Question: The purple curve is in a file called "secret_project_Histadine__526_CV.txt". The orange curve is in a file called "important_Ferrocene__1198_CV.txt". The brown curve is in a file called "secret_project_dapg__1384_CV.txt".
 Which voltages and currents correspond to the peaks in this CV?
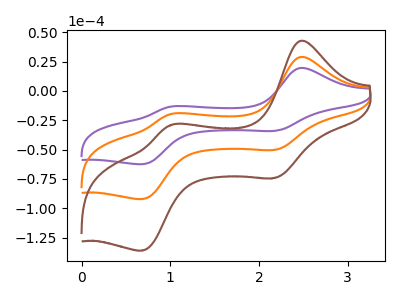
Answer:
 <answer>The purple curve "Histadine" has anodic peaks at (2.45V, 19.55uA) (1.00V, -13.40uA) and cathodic peaks at (2.20V, -34.05uA) (0.70V, -62.40uA). The orange curve "Ferrocene" has anodic peaks at (2.45V, 28.90uA) (1.00V, -19.80uA) and cathodic peaks at (2.20V, -50.25uA) (0.70V, -92.15uA). The brown curve "dapg" has anodic peaks at (2.45V, 57.75uA) (1.00V, -39.60uA) and cathodic peaks at (2.20V, -100.50uA) (0.70V, -184.30uA).</answer>
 <eval></eval>